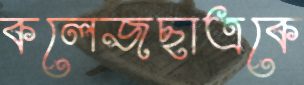
কলেজছাত্রকে